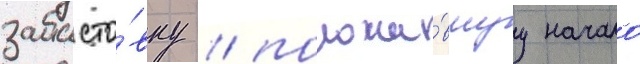
забасто́вку / положи́вшуу начало